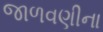
જાળવણીના